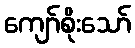
ကျော်စိုးသော်